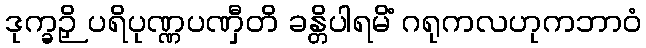
ဒုက္ခဉှိ ပရိပုဏ္ဏပဏှီတိ ခန္တိပါရမိံ ဂရုကလဟုကဘာဝံ